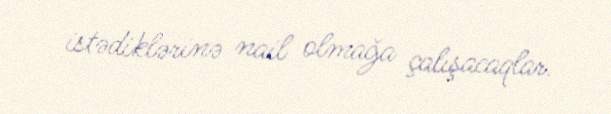
istədiklərinə nail olmağa çalışacaqlar.